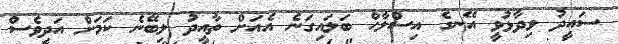
ސައީދު ވިދާޅުވީ އޭނގެ އިސްލާހް ބަލައިގަނެ އެއަށް ތާއީދު ލިބޭނެ ކަމަށް އަދިވެސް